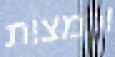
וכמצות